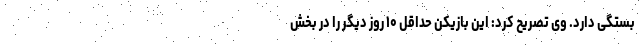
بستگی دارد. وی تصریح کرد: این بازیکن حداقل ۱۰ روز دیگر را در بخش